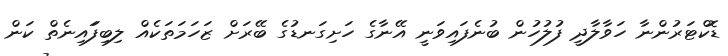
ޑޮކްޓަރުންނާ ހަވާލާދީ ފުލުހުން ބުނެފައިވަނީ އޭނާގެ ހަށިގަނޑުގެ ބޭރަށް ޒަހަމަތަކެއް ލިބިފަައިނެތް ކަން